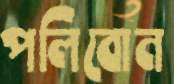
পলিবোন